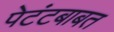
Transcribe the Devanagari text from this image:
पेटंटबाबत